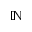
\mathbb N